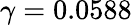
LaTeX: \gamma=0.0588